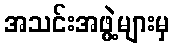
အသင်းအဖွဲ့များမှ